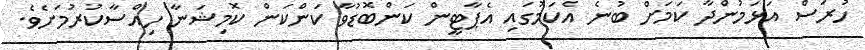
ހުރަސް އަޅަމުންދާ ކަމަށް ބުނެ އެކަމުގައި އެޕާޓީން ކަންބޮޑުވާ ކަންކަން ކޮމިޝަނާ ހިއްސާކުރުމަށެވެ.